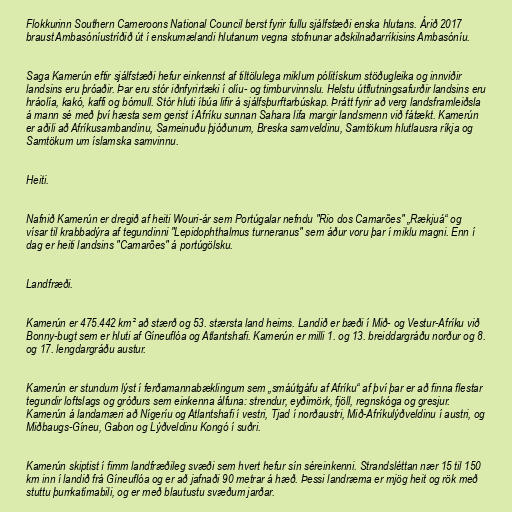
Flokkurinn Southern Cameroons National Council berst fyrir fullu sjálfstæði enska hlutans. Árið 2017
braust Ambasóníustríðið út í enskumælandi hlutanum vegna stofnunar aðskilnaðarríkisins Ambasóníu.

Saga Kamerún eftir sjálfstæði hefur einkennst af tiltölulega miklum pólitískum stöðugleika og innviðir
landsins eru þróaðir. Þar eru stór iðnfyrirtæki í olíu- og timburvinnslu. Helstu útflutningsafurðir landsins eru
hráolía, kakó, kaffi og bómull. Stór hluti íbúa lifir á sjálfsþurftarbúskap. Þrátt fyrir að verg landsframleiðsla
á mann sé með því hæsta sem gerist í Afríku sunnan Sahara lifa margir landsmenn við fátækt. Kamerún
er aðili að Afríkusambandinu, Sameinuðu þjóðunum, Breska samveldinu, Samtökum hlutlausra ríkja og
Samtökum um íslamska samvinnu.

Heiti.

Nafnið Kamerún er dregið af heiti Wouri-ár sem Portúgalar nefndu "Rio dos Camarões" „Rækjuá“ og
vísar til krabbadýra af tegundinni "Lepidophthalmus turneranus" sem áður voru þar í miklu magni. Enn í
dag er heiti landsins "Camarões" á portúgölsku.

Landfræði.

Kamerún er 475.442 km² að stærð og 53. stærsta land heims. Landið er bæði í Mið- og Vestur-Afríku við
Bonny-bugt sem er hluti af Gíneuflóa og Atlantshafi. Kamerún er milli 1. og 13. breiddargráðu norður og 8.
og 17. lengdargráðu austur.

Kamerún er stundum lýst í ferðamannabæklingum sem „smáútgáfu af Afríku“ af því þar er að finna flestar
tegundir loftslags og gróðurs sem einkenna álfuna: strendur, eyðimörk, fjöll, regnskóga og gresjur.
Kamerún á landamæri að Nígeríu og Atlantshafi í vestri, Tjad í norðaustri, Mið-Afríkulýðveldinu í austri, og
Miðbaugs-Gíneu, Gabon og Lýðveldinu Kongó í suðri.

Kamerún skiptist í fimm landfræðileg svæði sem hvert hefur sín séreinkenni. Strandsléttan nær 15 til 150
km inn í landið frá Gíneuflóa og er að jafnaði 90 metrar á hæð. Þessi landræma er mjög heit og rök með
stuttu þurrkatímabili, og er með blautustu svæðum jarðar.